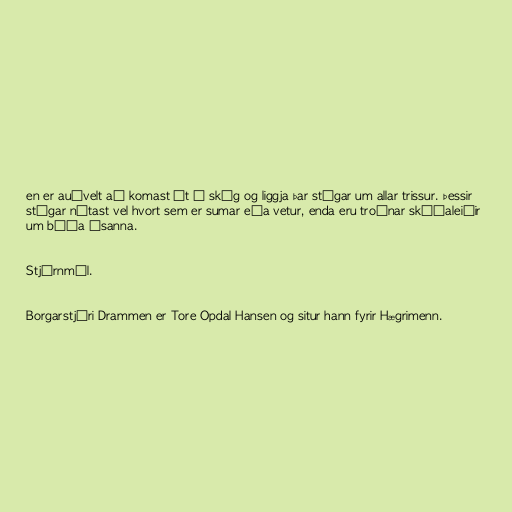
en er auðvelt að komast út í skóg og liggja þar stígar um allar trissur. Þessir
stígar nýtast vel hvort sem er sumar eða vetur, enda eru troðnar skíðaleiðir
um báða ásanna.

Stjórnmál.

Borgarstjóri Drammen er Tore Opdal Hansen og situr hann fyrir Hægrimenn.